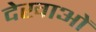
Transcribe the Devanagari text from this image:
देखाओं